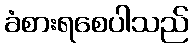
ခံစားရစေပါသည်